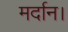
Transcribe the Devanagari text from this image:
मर्दान।